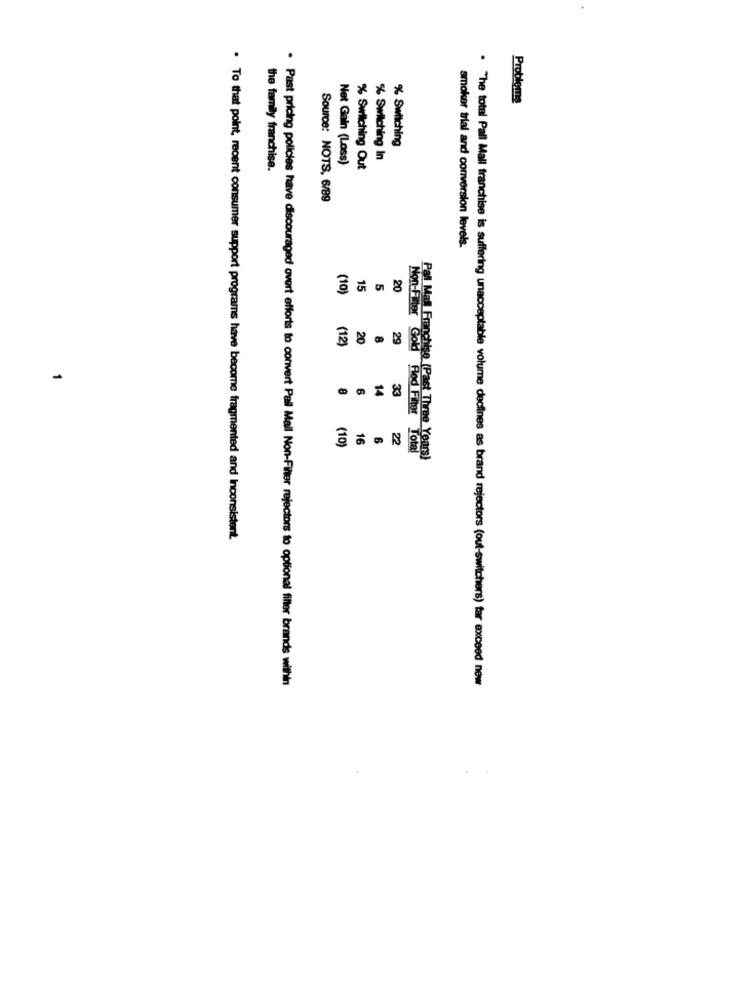
Problems
% Switching
Net Gain (Loss)
% Swilching In
the family franchise.
% Switching Out
Source: NOTS, 6/89
smoker trial and conversion levels.
(10)
15
5
20
Non-Filter
(12
20
29
Gold
Red Filter
(10
16
6
22
Total
Pal Mall Franchise (Past Three Years)
. To that point, recent consumer support programs have become fragmented and Inconsistent.
· Past pricing policies have discouraged overt efforts to convert Pall Mall Non-Filter rejectors to optional filler brands within
. The total Pall Mall franchise is suffering unacceptable volume declines as brand rejectors (out-switchers) far exceed new